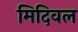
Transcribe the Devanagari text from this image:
मिदिवल